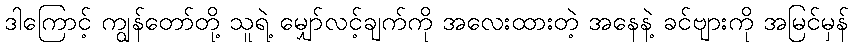
ဒါကြောင့် ကျွန်တော်တို့ သူရဲ့ မျှော်လင့်ချက်ကို အလေးထားတဲ့ အနေနဲ့ ခင်ဗျားကို အမြင်မှန်